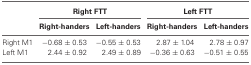
<table><thead><tr><td></td><td colspan="2"><b>Right FTT</b></td><td colspan="2"><b>Left FTT</b></td></tr><tr><td></td><td><b>Right-handers</b></td><td><b>Left-handers</b></td><td><b>Right-handers</b></td><td><b>Left-handers</b></td></tr></thead><tbody><tr><td>Right M1</td><td>−0.68 ± 0.53</td><td>−0.55 ± 0.53</td><td>2.87 ± 1.04</td><td>2.78 ± 0.97</td></tr><tr><td>Left M1</td><td>2.44 ± 0.92</td><td>2.49 ± 0.89</td><td>−0.36 ± 0.63</td><td>−0.51 ± 0.55</td></tr></tbody></table>